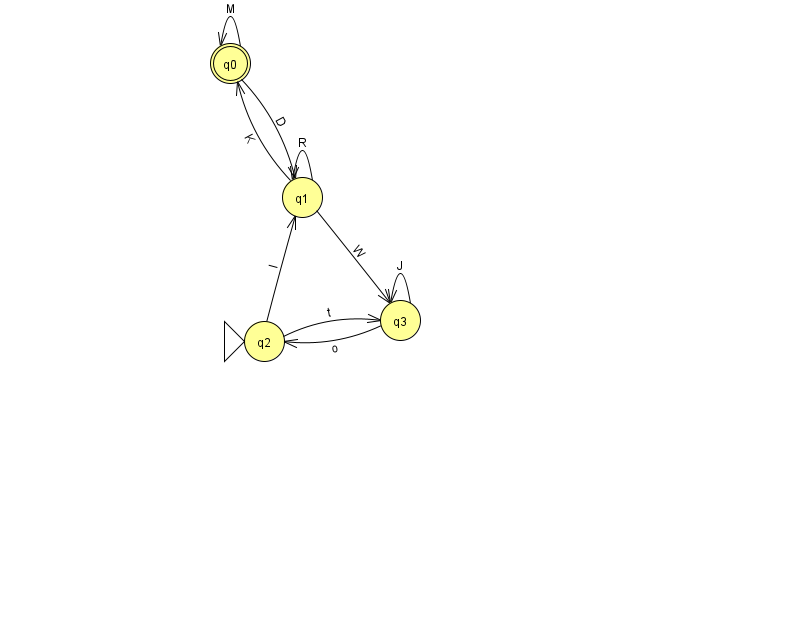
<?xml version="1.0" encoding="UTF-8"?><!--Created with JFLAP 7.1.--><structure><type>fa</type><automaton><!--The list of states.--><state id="0" name="q0"><x>230.0</x><y>50.0</y><final/></state><state id="1" name="q1"><x>302.0</x><y>184.0</y></state><state id="2" name="q2"><x>264.0</x><y>328.0</y><initial/></state><state id="3" name="q3"><x>400.0</x><y>307.0</y></state><!--The list of transitions.--><transition><from>1</from><to>0</to><read>K</read></transition><transition><from>1</from><to>1</to><read>R</read></transition><transition><from>2</from><to>3</to><read>t</read></transition><transition><from>1</from><to>3</to><read>W</read></transition><transition><from>3</from><to>3</to><read>J</read></transition><transition><from>0</from><to>0</to><read>M</read></transition><transition><from>0</from><to>1</to><read>D</read></transition><transition><from>3</from><to>2</to><read>o</read></transition><transition><from>2</from><to>1</to><read>l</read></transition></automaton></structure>